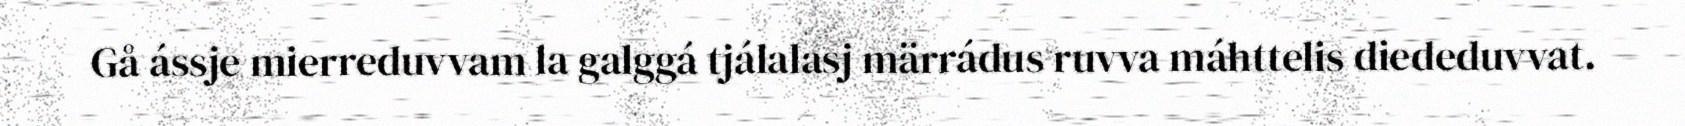
Gå ássje mierreduvvam la galggá tjálalasj märrádus ruvva máhttelis diededuvvat.